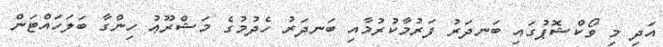
އަދި މި ވޯކްޝޮޕުގައި ބަނދަރު ފަރުމާކުރުމާއި ބަނދަރު ހެދުމުގެ މަޝްރޫޢު ހިންގާ ބަލަހައްޓަން